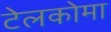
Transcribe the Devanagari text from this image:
टेलकोमा